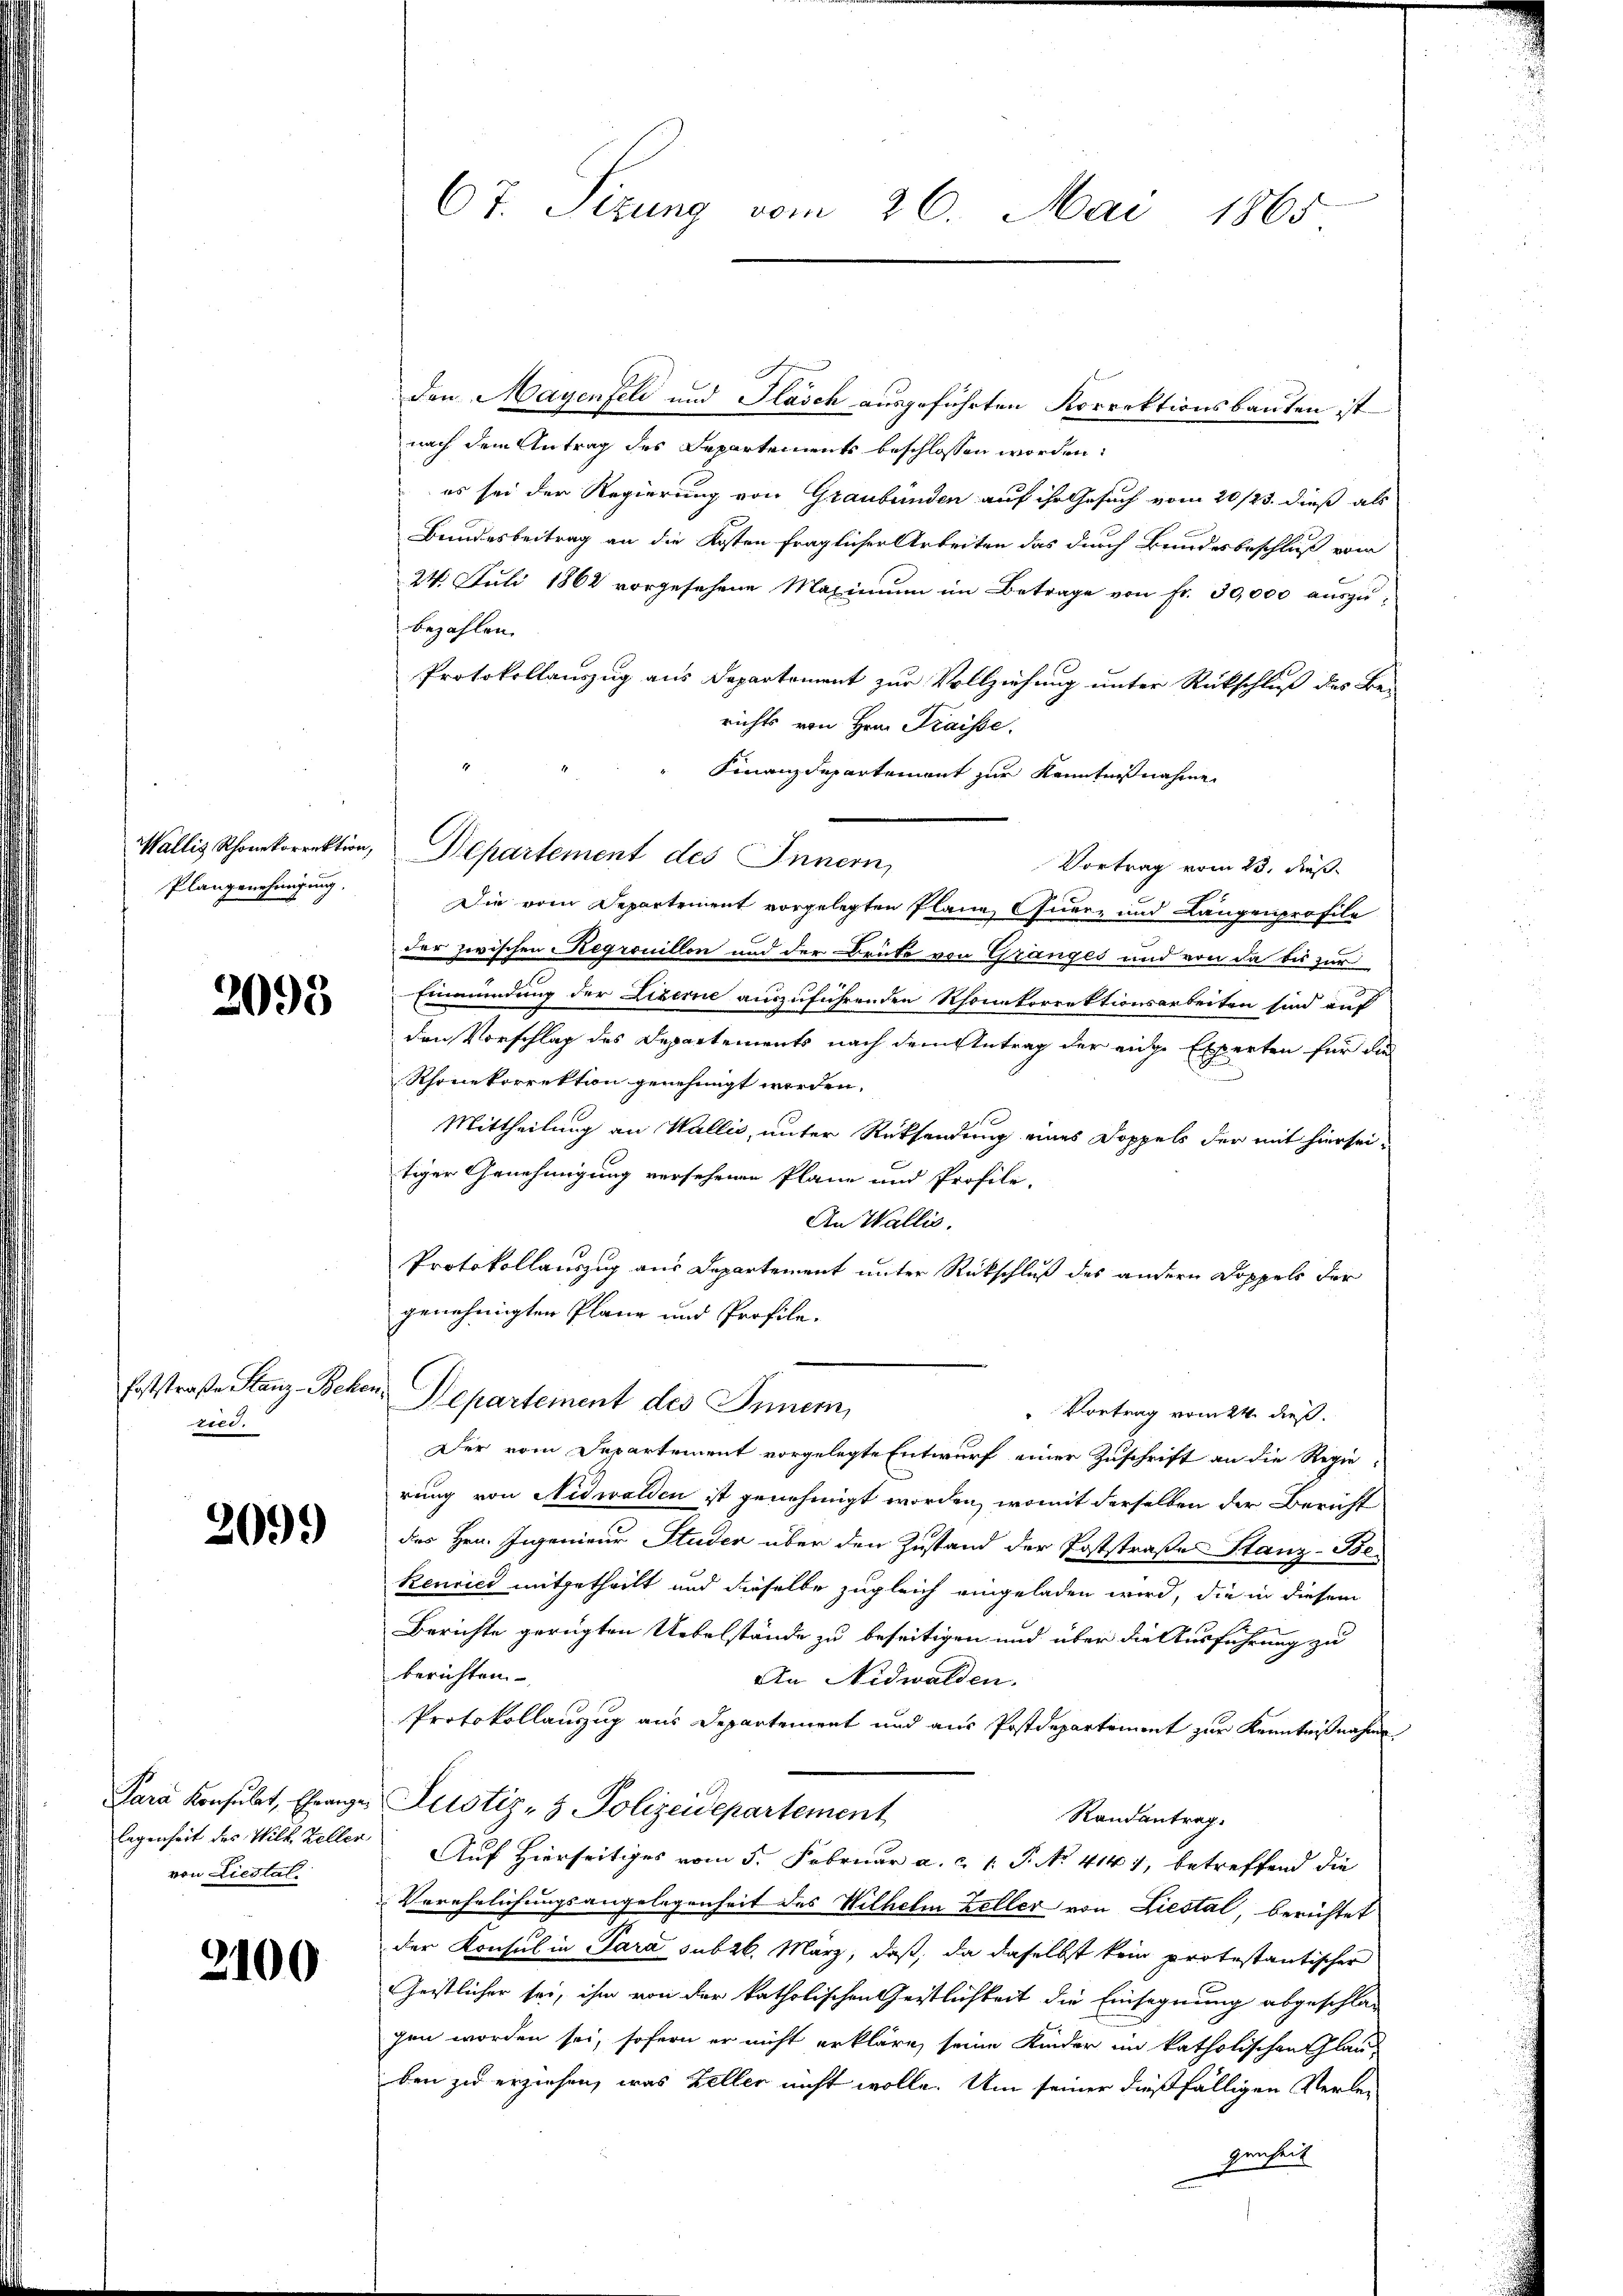
Plangenehmigung.

2093

Foststraße Stanz-Bea
te.

209.)

Para Konsulat, Ehrange
legenheit des Wilh. Keller
von Liestal

2100.

67. Sizung vom 26. Mai 1865

den Mayenfeld und Flasch ausgeführten Korrektionsbauten ist
nach dem Antrag des Departements beschlossen worden:
 es sei der Regierung von Graubünden auf ihr Gesuch vom 20/23. dieß als
Bundesbeitrag an die Kosten fraglicher Arbeiten das durch Bundesbeschluß vom
24. Juli 1862 vorgesehene Maximum im Betrage von Fr. 30,000 auszu-
bezahlen.
Protokollauszug aus Departement zur Vollziehung unter Rückschluß des Be-
richts von Hrn. Fraisse.
Finanzdepartement zur Kenntnißnahme
Vortrag vom 23. Fuß.
Die vom Departement vorgelegten Plane Quer- und Langenprofile
der zwischen Regrouillon und der Brüke von Granges und von da bis zur
Einmündung der Literne auszuführenden Rhonakorrektionsarbeiten sind auf
den Vorschlag des Departements nach dem Antrag der eidge Experten für die
Rhonekorrektion genehmigt worden,
Mittheilung an Wallis, unter Rücksendung eines Doppels der mit hiersei-
tiger Genehmigung versehenen Plane und Profile-
An Wallis.
Protokollauszug aus Departement unter Rückschluß des andern Doppels der
genehmigten Plane und Profile-
f
Departement des Innern,
Vortrag vom 24. dieß.
Der vom Departement vorgelegte Entwurf einer Zuschrift an die Regie
rung von Nidwalden ist genehmigt worden, womit derselben der Bericht
des Hrn. Ingenieur Studer über den Zustand der Poststraße Stanz-Be-
Renries mitgetheilt und dieselbe zugleich eingeladen wird, die in diesem
Berichte gerügten Uebelstände zu beseitigen und über die Ausführung zu
berichten
An Nidwalden.
Protokollauszug aus Departement und aus Postdepartement zur Kenntnißnahme
Justiz- & Polizeidepartement
Randantrag.
Auf Hierseitiges vom 5. Februar a. c. 1 P. No. 4141, betreffend die
Verehelichungsangelegenheit des Wilhelm Zeller von Liestal, berichtet
der Konsul in Para subrb. März, daß, da daselbst kein protestantischer
Geistlicher sei, ihm von der katholischen Gestlichkeit die Einsegnung abgeschlagen worden sei, sofern er nicht erkläre, seine Kinder im katholischen Glau-
ben zu erziehen, was Keller nicht wolle. Um seiner dießfälligen Verlegenheit

Wallis Rhonkorrektion, Repartement des Innern,